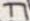
Text: T1